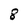
Character: 8